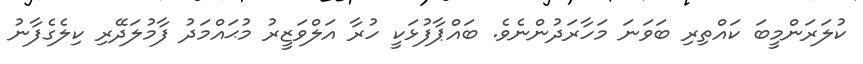
ކުލަރަންމީބަ ކައްތިރި ބަވަނަ މަހާރަދުންނެވެ. ބައްޕާފުޅަކީ ހުރާ އަލްވަޒީރު މުޙައްމަދު ފާމުލަދޭރި ކިލެގެފާނު